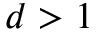
d > 1